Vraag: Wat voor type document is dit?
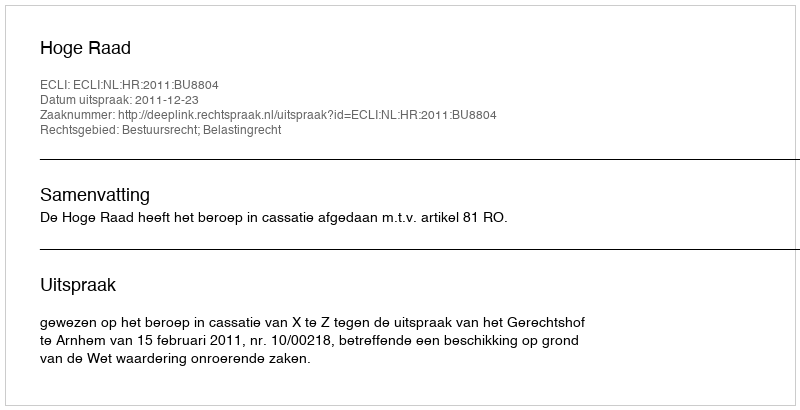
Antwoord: Uitspraak